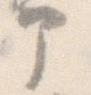
部